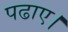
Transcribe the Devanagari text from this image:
पढाए।